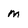
Character: m